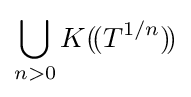
\bigcup _{n>0}K(\!(T^{1/n})\!)